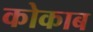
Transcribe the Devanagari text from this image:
कोकाब